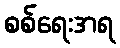
စစ်ရေးအရ